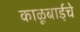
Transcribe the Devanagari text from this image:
काळूबाईचे